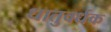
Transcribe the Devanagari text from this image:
धातुवर्धक